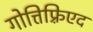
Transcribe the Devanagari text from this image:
गोत्तिफ़्रिएद